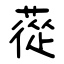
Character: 蓯